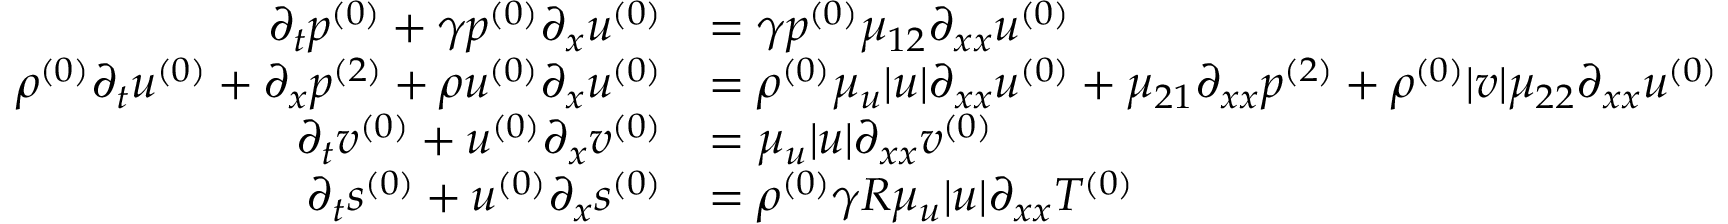
\begin{array} { r l } { \partial _ { t } \ensuremath { p ^ { ( 0 ) } } + \gamma \ensuremath { p ^ { ( 0 ) } } \partial _ { x } \ensuremath { u ^ { ( 0 ) } } } & { = \gamma \ensuremath { p ^ { ( 0 ) } } \mu _ { 1 2 } \partial _ { x x } \ensuremath { u ^ { ( 0 ) } } } \\ { \ensuremath { \rho ^ { ( 0 ) } } \partial _ { t } \ensuremath { u ^ { ( 0 ) } } + \partial _ { x } \ensuremath { p ^ { ( 2 ) } } + \ensuremath { \rho u ^ { ( 0 ) } } \partial _ { x } \ensuremath { u ^ { ( 0 ) } } } & { = \ensuremath { \rho ^ { ( 0 ) } } \mu _ { u } | u | \partial _ { x x } \ensuremath { u ^ { ( 0 ) } } + \mu _ { 2 1 } \partial _ { x x } \ensuremath { p ^ { ( 2 ) } } + \ensuremath { \rho ^ { ( 0 ) } } | v | \mu _ { 2 2 } \partial _ { x x } \ensuremath { u ^ { ( 0 ) } } } \\ { \partial _ { t } \ensuremath { v ^ { ( 0 ) } } + \ensuremath { u ^ { ( 0 ) } } \partial _ { x } \ensuremath { v ^ { ( 0 ) } } } & { = \mu _ { u } | u | \partial _ { x x } \ensuremath { v ^ { ( 0 ) } } } \\ { \partial _ { t } \ensuremath { s ^ { ( 0 ) } } + \ensuremath { u ^ { ( 0 ) } } \partial _ { x } \ensuremath { s ^ { ( 0 ) } } } & { = \ensuremath { \rho ^ { ( 0 ) } } \gamma R \mu _ { u } | u | \partial _ { x x } \ensuremath { T ^ { ( 0 ) } } } \end{array}